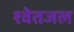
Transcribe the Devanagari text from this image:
श्वेतजल